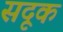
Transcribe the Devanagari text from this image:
सदूक